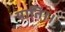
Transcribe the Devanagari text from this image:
याति।।